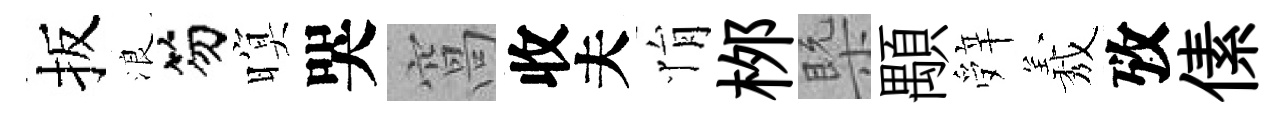
扳浪笏暝哭窩收夫悁桞槩顒辤𦏁攷傃